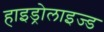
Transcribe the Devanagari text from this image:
हाइड्रोलाइज्ड